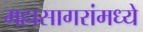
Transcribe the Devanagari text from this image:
महासागरांमध्ये